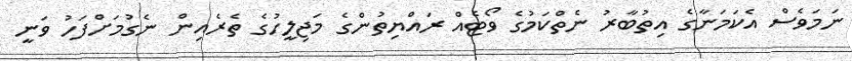
ނަމަވެސް އެކަމަނާގެ އިތުބާރު ނެތްކަމުގެ ވޯޓެއް ރައްޔިތުންގެ މަޖިލީހުގެ ތެރެއިން ނެގުމަށްފަހު ވަނީ